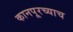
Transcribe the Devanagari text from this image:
कानपूरच्याच